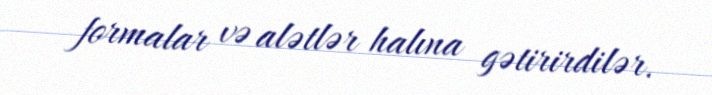
formalar və alətlər halına gətirirdilər.